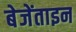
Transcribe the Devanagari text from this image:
बेजेंताइन